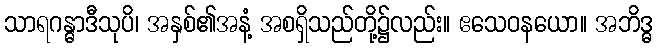
သာရဂန္ဓာဒီသုပိ၊ အနှစ်၏အနံ့ အစရှိသည်တို့၌လည်း။ ဧသေဝနယော။ အဘိဒ္ဓ